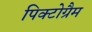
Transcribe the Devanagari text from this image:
पिक्टोग्रैम